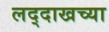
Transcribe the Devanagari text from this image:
लद्दाखच्या